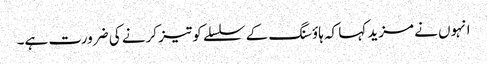
انہوں نے مزید کہا کہ ہاؤسنگ کے سلسلے کو تیز کرنے کی ضرورت ہے۔